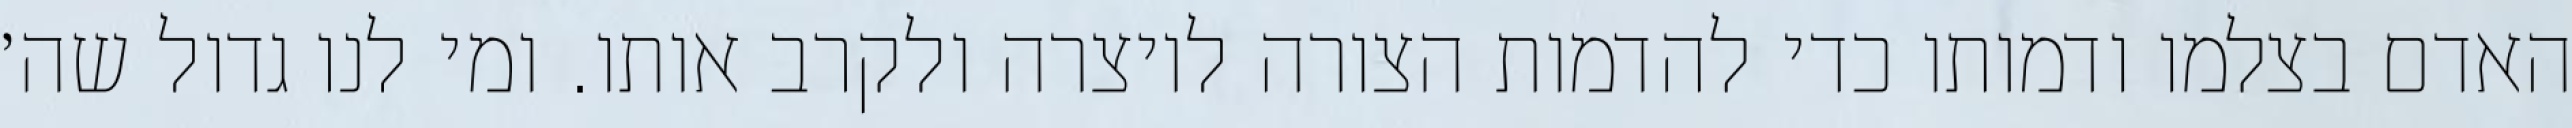
האדם בצלמו ודמותו כדי להדמות הצורה ליוצרה ולקרב אותו. ומי לנו גדול שה׳